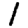
Digit: 1